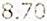
8.70